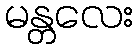
မန္တလေး